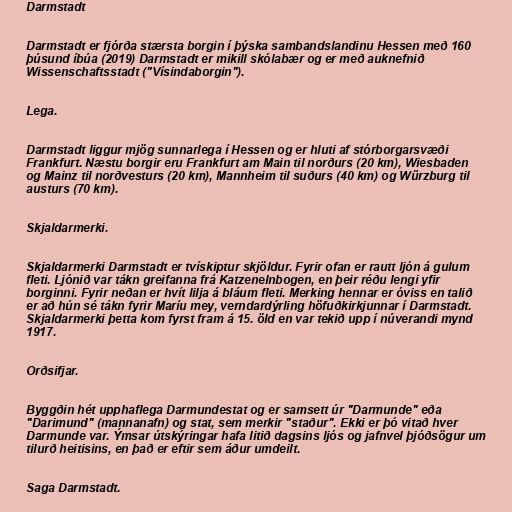
Darmstadt

Darmstadt er fjórða stærsta borgin í þýska sambandslandinu Hessen með 160
þúsund íbúa (2019) Darmstadt er mikill skólabær og er með auknefnið
Wissenschaftsstadt ("Vísindaborgin").

Lega.

Darmstadt liggur mjög sunnarlega í Hessen og er hluti af stórborgarsvæði
Frankfurt. Næstu borgir eru Frankfurt am Main til norðurs (20 km), Wiesbaden
og Mainz til norðvesturs (20 km), Mannheim til suðurs (40 km) og Würzburg til
austurs (70 km).

Skjaldarmerki.

Skjaldarmerki Darmstadt er tvískiptur skjöldur. Fyrir ofan er rautt ljón á gulum
fleti. Ljónið var tákn greifanna frá Katzenelnbogen, en þeir réðu lengi yfir
borginni. Fyrir neðan er hvít lilja á bláum fleti. Merking hennar er óviss en talið
er að hún sé tákn fyrir Maríu mey, verndardýrling höfuðkirkjunnar í Darmstadt.
Skjaldarmerki þetta kom fyrst fram á 15. öld en var tekið upp í núverandi mynd
1917.

Orðsifjar.

Byggðin hét upphaflega Darmundestat og er samsett úr "Darmunde" eða
"Darimund" (mannanafn) og stat, sem merkir "staður". Ekki er þó vitað hver
Darmunde var. Ýmsar útskýringar hafa litið dagsins ljós og jafnvel þjóðsögur um
tilurð heitisins, en það er eftir sem áður umdeilt.

Saga Darmstadt.